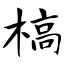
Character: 槁